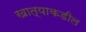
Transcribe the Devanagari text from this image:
खात्याकडील